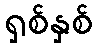
ရှစ်နှစ်